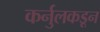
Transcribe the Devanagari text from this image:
कर्नुलकडून